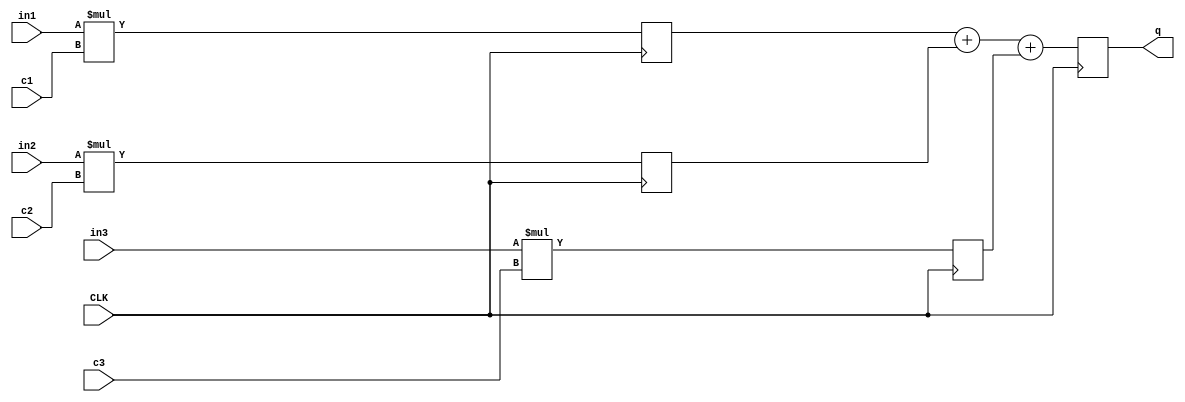
module hw8Pipelined        #(parameter WL = 8)
                    
                    (input signed [WL-1:0] in1,
                    input signed [WL-1:0] in2,
						  input signed [WL-1:0] in3,
						  
						  input signed [WL-1:0] c1,
                    input signed [WL-1:0] c2,
						  input signed [WL-1:0] c3,
						  
						  input CLK,
						  
                    output reg [(WL*2)+1:0] q);
		reg signed [(WL*2)-1:0] o1, o2, o3;

		
		always @(posedge CLK) begin 
		o1 <= in1 * c1;
		o2 <= in2 * c2;
		o3 <= in3 * c3;
		q <= o1 + o2 + o3;
         end
			
endmodule